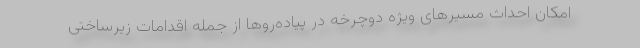
امکان احداث مسیرهای ویژه دوچرخه در پیاده‌روها از جمله اقدامات زیرساختی